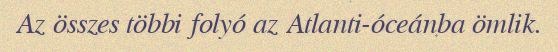
Az összes többi folyó az Atlanti-óceánba ömlik.